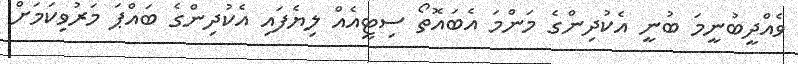
ވެއްދީބުނީމަ ބުނީ އެކުދިންގެ މަންމަ އެބައޮތޯ ސިޓީއެއް ލިޔެފައި އެކުދިންގެ ބައްޕަ މަރުވިކަމަށް